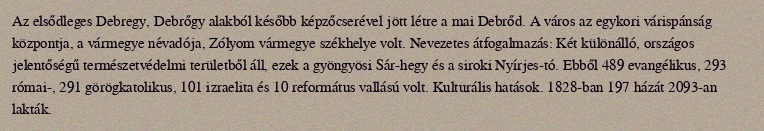
Az elsődleges Debregy, Debrőgy alakból később képzőcserével jött létre a mai Debrőd. A város az egykori várispánság központja, a vármegye névadója, Zólyom vármegye székhelye volt. Nevezetes átfogalmazás: Két különálló, országos jelentőségű természetvédelmi területből áll, ezek a gyöngyösi Sár-hegy és a siroki Nyírjes-tó. Ebből 489 evangélikus, 293 római-, 291 görögkatolikus, 101 izraelita és 10 református vallású volt. Kulturális hatások. 1828-ban 197 házát 2093-an lakták.